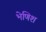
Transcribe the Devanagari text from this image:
भेणिश